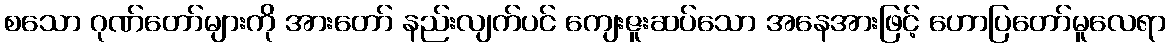
စသော ဂုဏ်တော်များကို အားတော် နည်းလျက်ပင် ကျေးဇူးဆပ်သော အနေအားဖြင့် ဟောပြတော်မူလေရာ